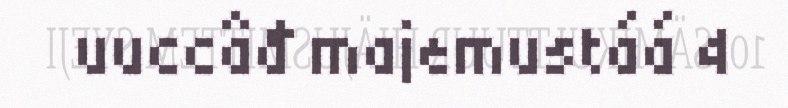
uuccâđ majemustáá 4